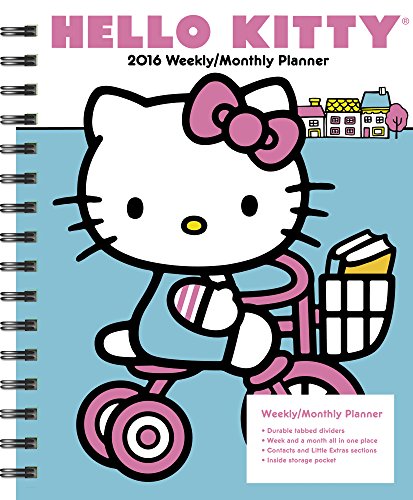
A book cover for Hello Kitty Weekly and Monthly Planner (2016); Day Dream; Calendars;